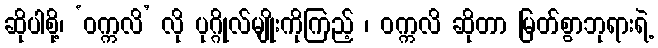
ဆိုပါစို့၊ ‘ဝက္ကလိ’ လို ပုဂ္ဂိုလ်မျိုးကိုကြည့် ၊ ဝက္ကလိ ဆိုတာ မြတ်စွာဘုရားရဲ့